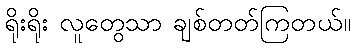
ရိုးရိုး လူတွေသာ ချစ်တတ်ကြတယ်။